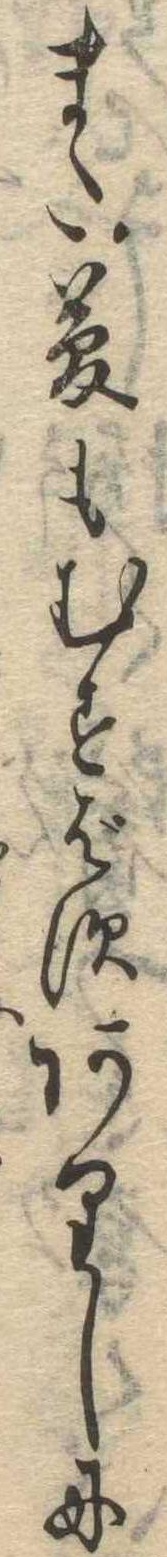
また夢もむすばすありしに